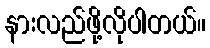
နားလည်ဖို့လိုပါတယ်။